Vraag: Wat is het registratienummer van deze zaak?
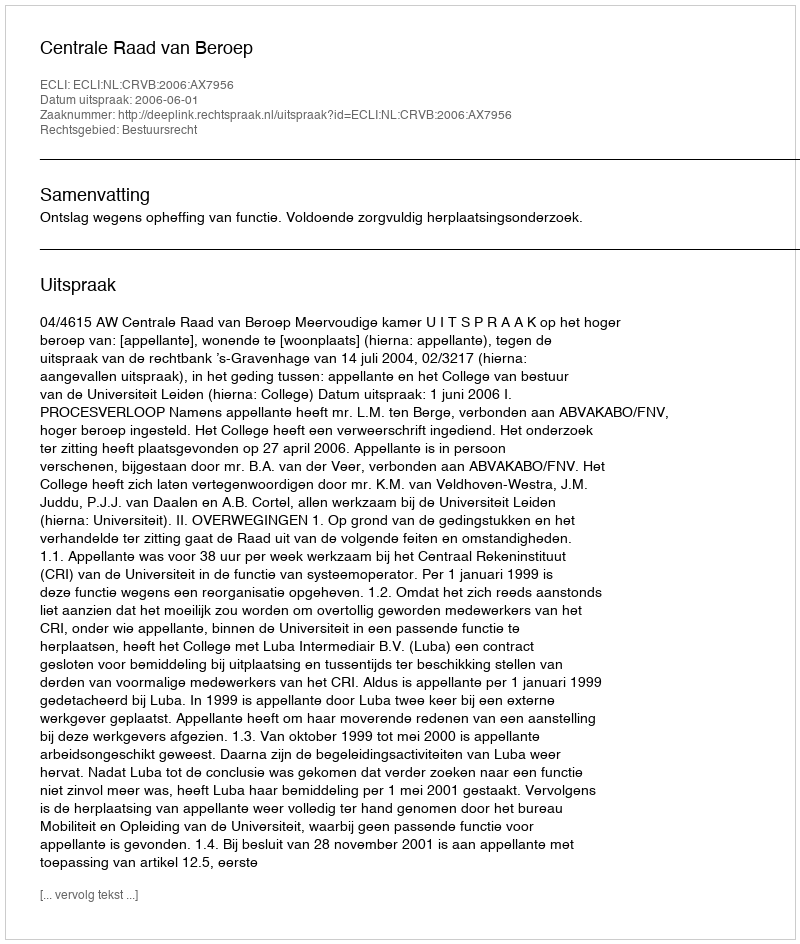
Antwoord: http://deeplink.rechtspraak.nl/uitspraak?id=ECLI:NL:CRVB:2006:AX7956